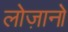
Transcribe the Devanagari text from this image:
लोज़ानो